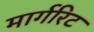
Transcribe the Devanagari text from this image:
मार्गरिट